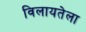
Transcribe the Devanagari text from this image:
विलायतेला